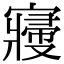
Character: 𡫒